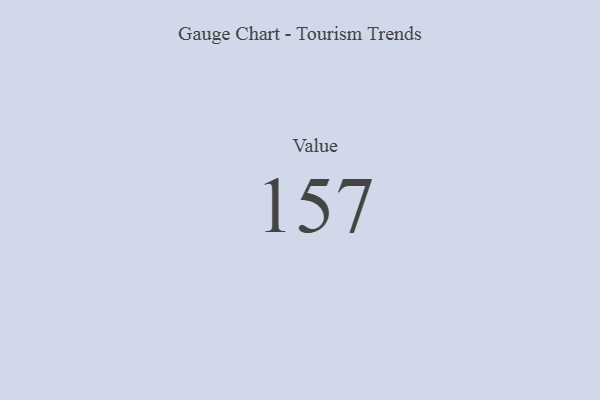
{"axis": {"x": "Metric", "y": "Value"}, "legend": [""], "data": [{"x": "Value", "y": 157, "type": ""}]}